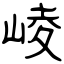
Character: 崚